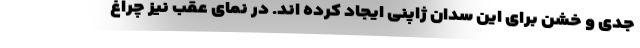
جدی و خشن برای این سدان ژاپنی ایجاد کرده اند. در نمای عقب نیز چراغ